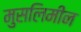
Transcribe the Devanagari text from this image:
मुसलिमीन